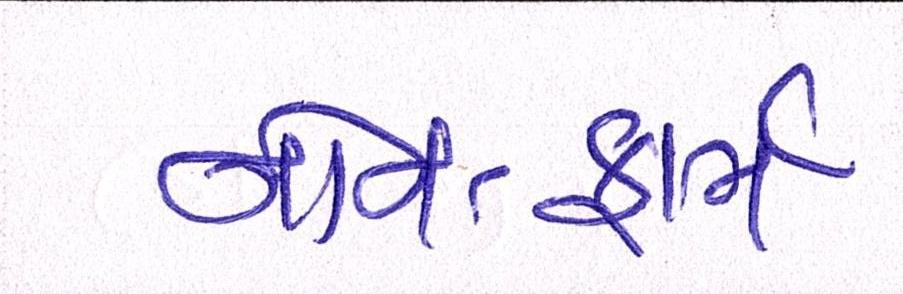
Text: નોન-ફાર્મ